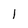
Character: 1